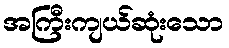
အကြီးကျယ်ဆုံးသော